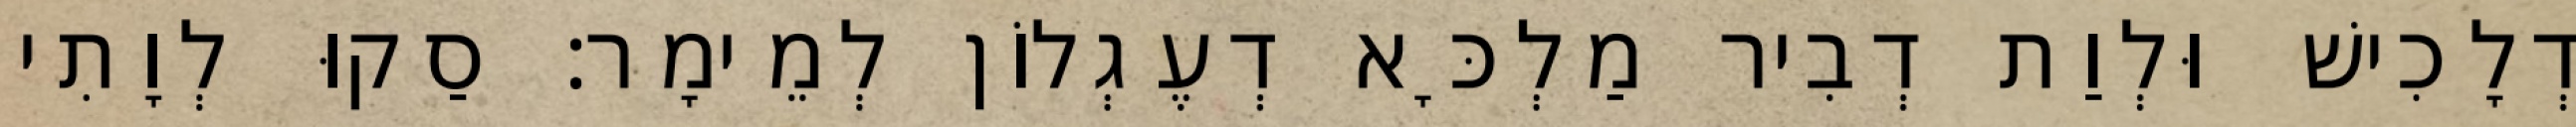
דְלָכִישׁ וּלְוַת דְבִיר מַלְכָּא דְעֶגְלוֹן לְמֵימָר׃ סַקוּ לְוָתִי